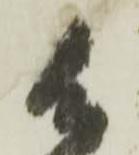
御